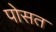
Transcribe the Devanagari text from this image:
पोसत